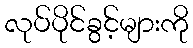
လုပ်ပိုင်ခွင့်များကို